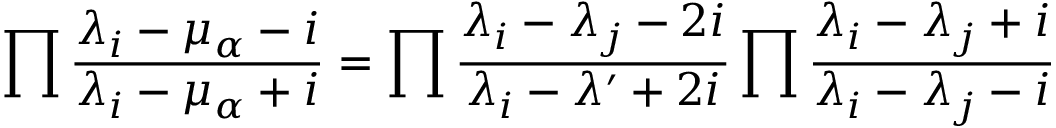
\prod { \frac { \lambda _ { i } - \mu _ { \alpha } - i } { \lambda _ { i } - \mu _ { \alpha } + i } } = \prod { \frac { \lambda _ { i } - \lambda _ { j } - 2 i } { \lambda _ { i } - \lambda ^ { \prime } + 2 i } } \prod { \frac { \lambda _ { i } - \lambda _ { j } + i } { \lambda _ { i } - \lambda _ { j } - i } }